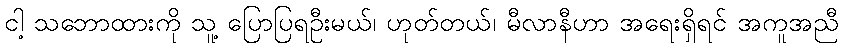
ငါ့ သဘောထားကို သူ့ ပြောပြရဦးမယ်၊ ဟုတ်တယ်၊ မီလာနီဟာ အရေးရှိရင် အကူအညီ